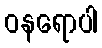
ဝနရောပါ